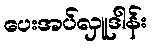
ပေးအပ်လှူဒါန်း